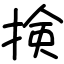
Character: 𢮦